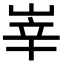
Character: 峷